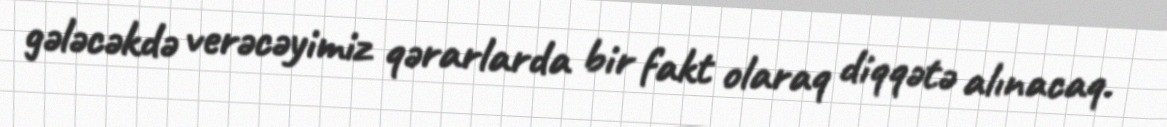
gələcəkdə verəcəyimiz qərarlarda bir fakt olaraq diqqətə alınacaq.